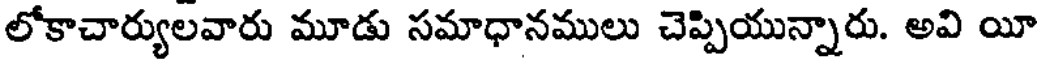
లోకాచార్యులవారు మూడు సమాధానములు చెప్పియున్నారు. అవి యీ